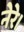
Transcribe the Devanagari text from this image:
नेरे।